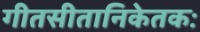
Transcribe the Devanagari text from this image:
गीतसीतानिकेतकः